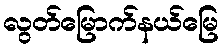
လွတ်မြောက်နယ်မြေ